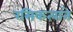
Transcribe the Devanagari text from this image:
रसिकत्वाने